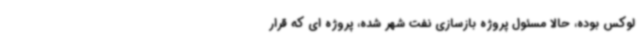
لوکس بوده، حالا مسئول پروژه بازسازی نفت شهر شده، پروژه ای که قرار